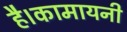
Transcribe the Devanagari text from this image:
है।कामायनी